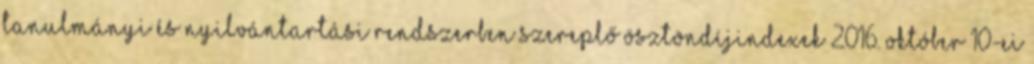
tanulmányi és nyilvántartási rendszerben szereplő ösztöndíjindexek 2016. október 10-ei